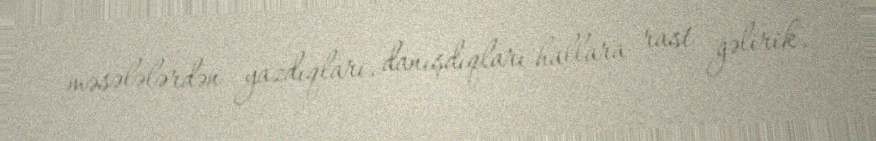
məsələlərdən yazdıqları, danışdıqları hallara rast gəlirik.